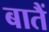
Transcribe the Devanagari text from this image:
बातैं